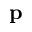
\mathbf { p }